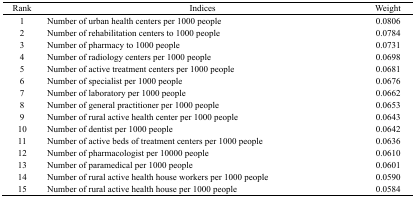
<table><thead><tr><td><b>Rank</b></td><td><b>Indices</b></td><td><b>Weight</b></td></tr></thead><tbody><tr><td>1</td><td>Number of urban health centers per 1000 people</td><td>0.0806</td></tr><tr><td>2</td><td>Number of rehabilitation centers to 1000 people</td><td>0.0784</td></tr><tr><td>3</td><td>Number of pharmacy to 1000 people</td><td>0.0731</td></tr><tr><td>4</td><td>Number of radiology centers per 1000 people</td><td>0.0698</td></tr><tr><td>5</td><td>Number of active treatment centers per 1000 people</td><td>0.0681</td></tr><tr><td>6</td><td>Number of specialist per 1000 people</td><td>0.0676</td></tr><tr><td>7</td><td>Number of laboratory per 1000 people</td><td>0.0662</td></tr><tr><td>8</td><td>Number of general practitioner per 1000 people</td><td>0.0653</td></tr><tr><td>9</td><td>Number of rural active health center per 1000 people</td><td>0.0643</td></tr><tr><td>10</td><td>Number of dentist per 1000 people</td><td>0.0642</td></tr><tr><td>11</td><td>Number of active beds of treatment centers per 1000 people</td><td>0.0636</td></tr><tr><td>12</td><td>Number of pharmacologist per 10000 people</td><td>0.0610</td></tr><tr><td>13</td><td>Number of paramedical per 1000 people</td><td>0.0601</td></tr><tr><td>14</td><td>Number of rural active health house workers per 1000 people</td><td>0.0590</td></tr><tr><td>15</td><td>Number of rural active health house per 1000 people</td><td>0.0584</td></tr></tbody></table>